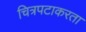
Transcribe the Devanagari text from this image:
चित्रपटाकरता